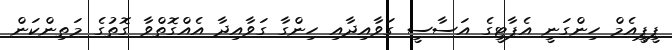
ޕީޕީއެމް ހިންގަނީ އެޕާޓީގެ އަސާސީ ގަވާއިދާއި ހިންގާ ގަވާއިދާ އެއްގޮތްވާ ގޮތުގެ މަތިންކަން